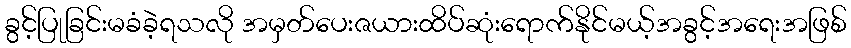
ခွင့်ပြုခြင်းမခံခဲ့ရသလို အမှတ်ပေးဇယားထိပ်ဆုံးရောက်နိုင်မယ့်အခွင့်အရေးအဖြစ်